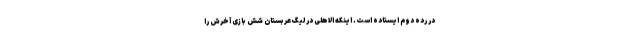
در رده دوم ایستاده است. اینکه الاهلی در لیگ عربستان شش بازی آخرش را